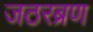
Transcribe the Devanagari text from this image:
जठरब्रण